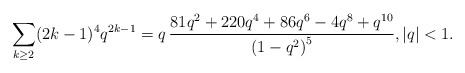
\begin{align*}\sum_{k \geq 2} (2k-1)^4 q^{2k-1} = q \, \frac{81 q^2 +220 q^4 + 86 q^6 - 4 q^8 + q^{10}}{\left(1 - q^ 2 \right)^5}, |q|<1.\end{align*}